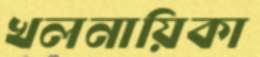
খলনায়িকা